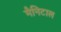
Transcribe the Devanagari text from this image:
मैनिटाल